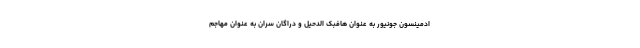
ادمینسون جونیور به عنوان هافبک الدحیل و دراگان سران به عنوان مهاجم